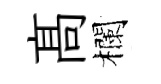
髙欄